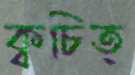
ক্বচিত্